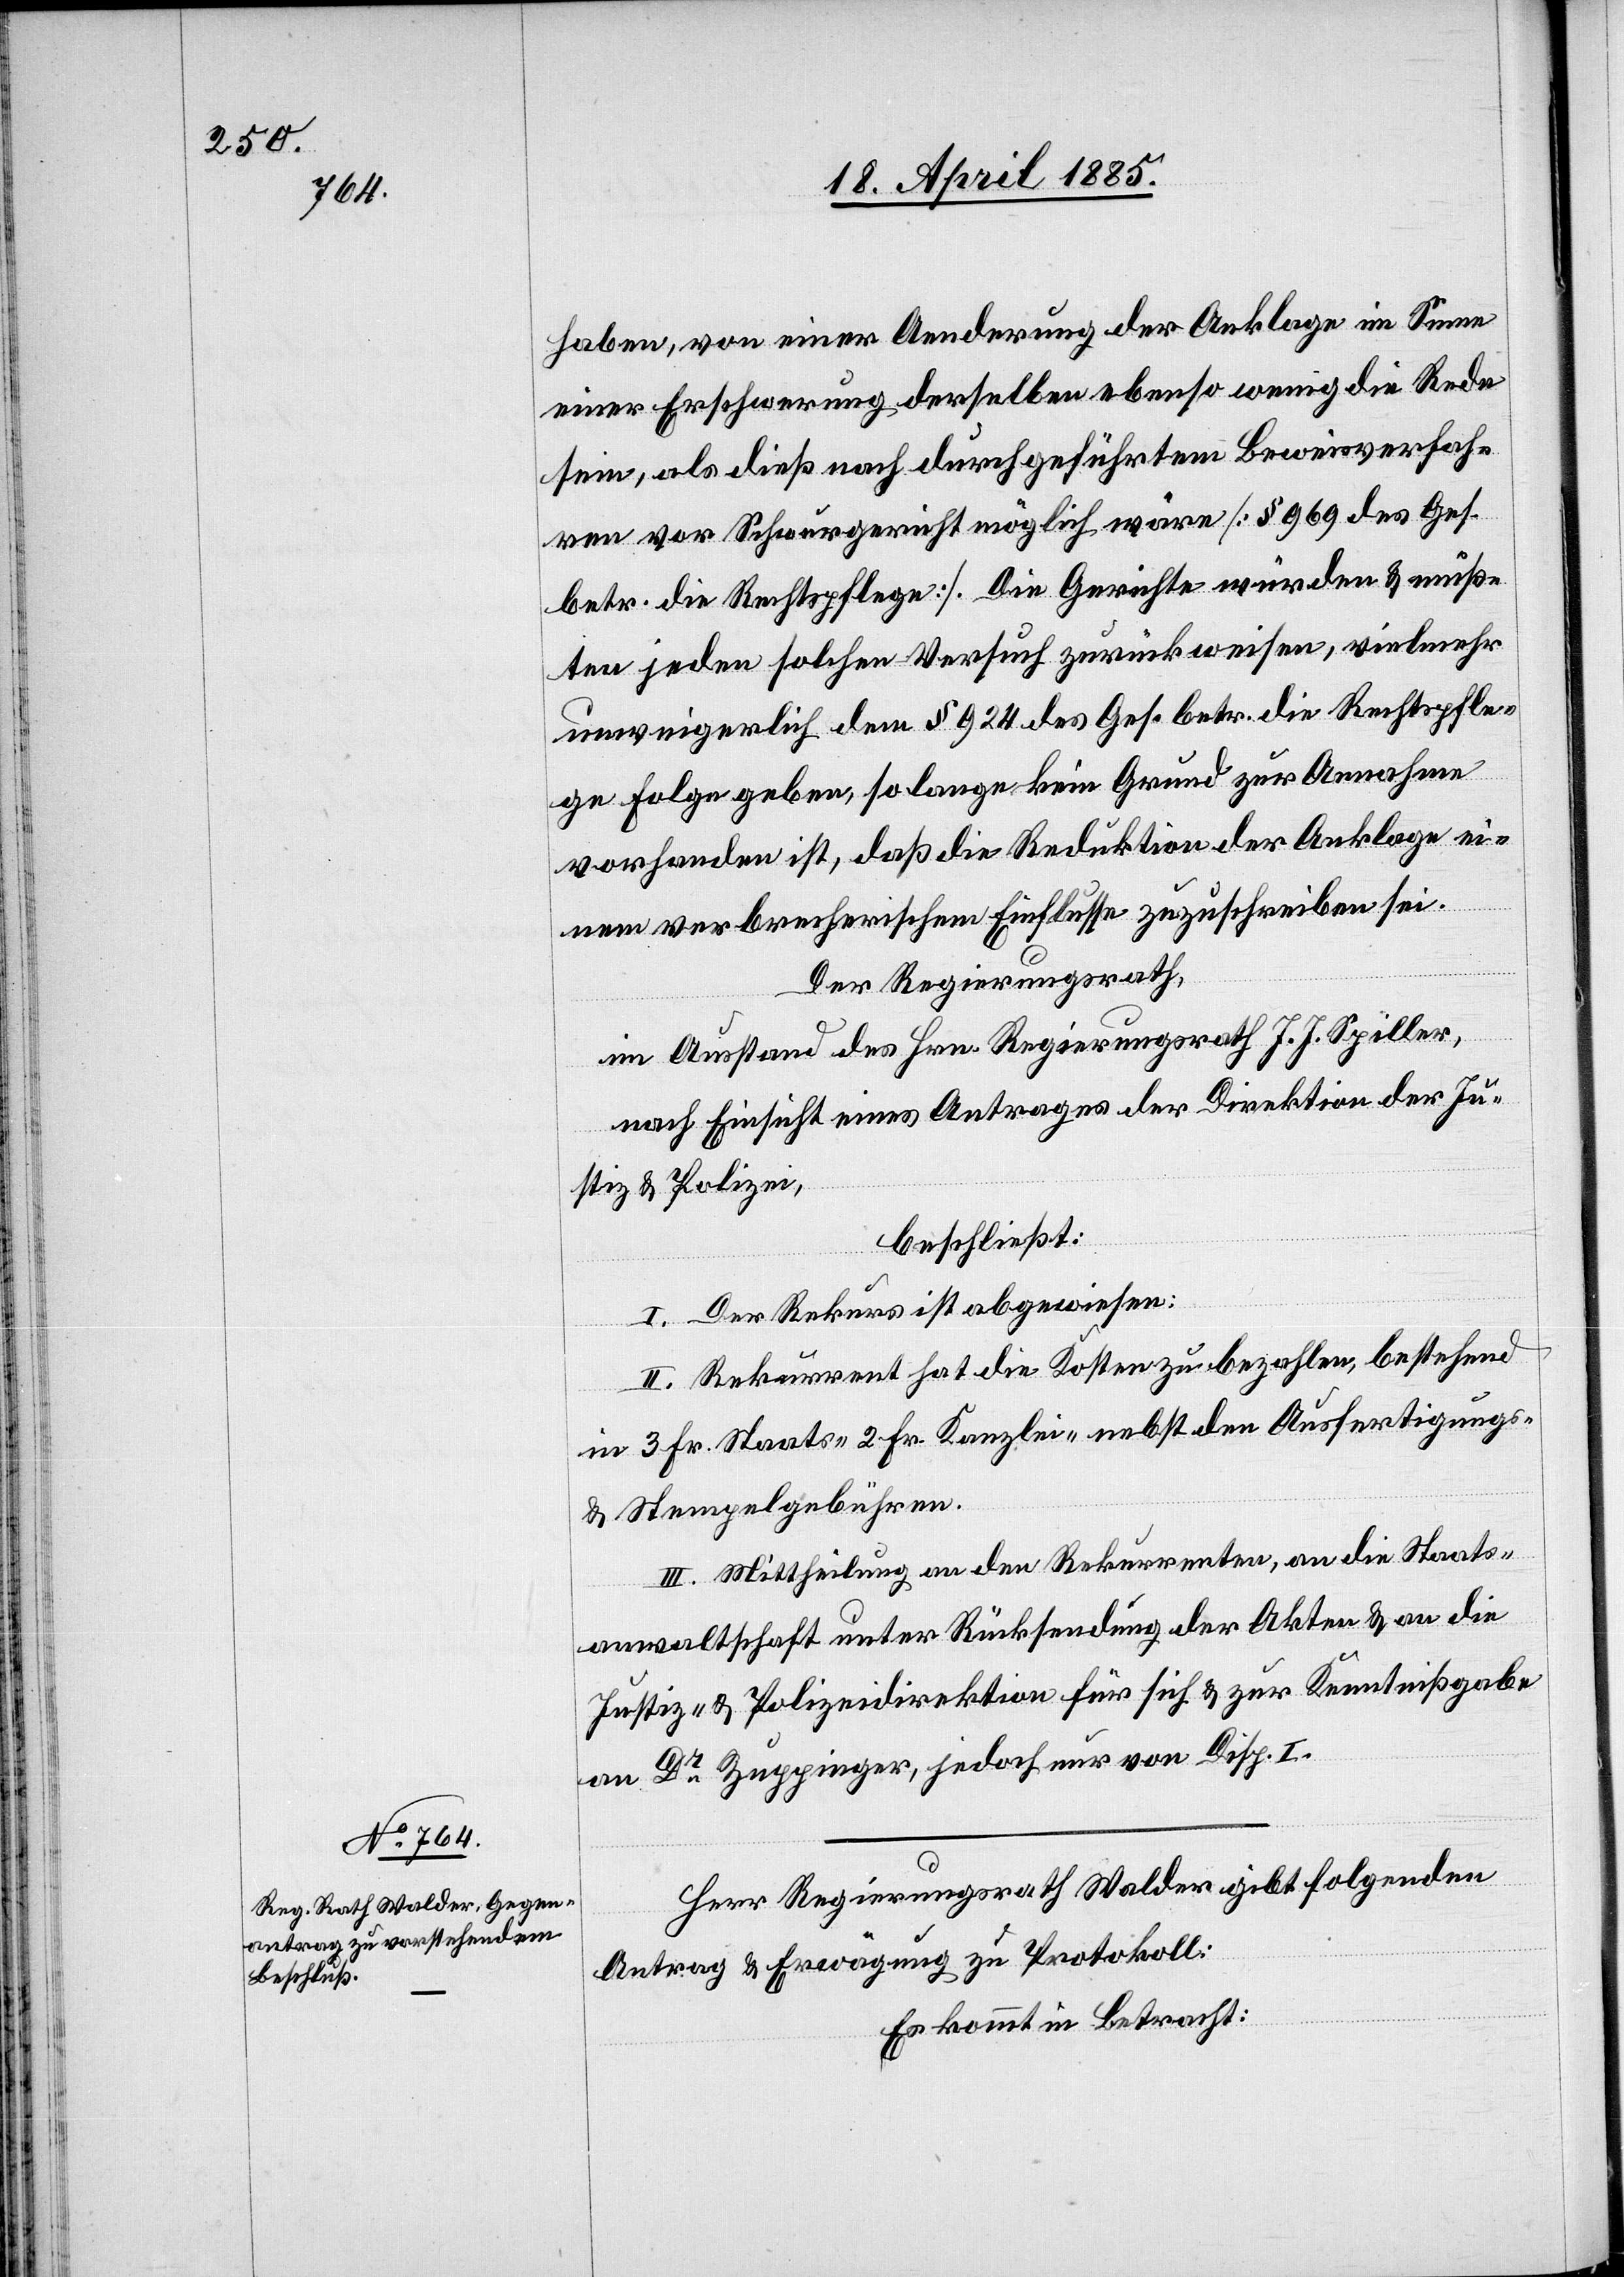
haben, von einer Aenderung der Anklage im Sinne
einer Erschwerung derselben ebenso wenig die Rede
sein, als dieß nach durchgeführtem Beweisverfah¬
ren vor Schwurgericht möglich wäre [§ 969 des Ges.
betr. die Rechtspflege]. Die Gerichte würden & müß¬
ten jeden solchen Versuch zurückweisen, vielmehr
unweigerlich dem § 924 des Ges. betr. die Rechtspfle¬
ge Folge geben, so lange kein Grund zur Annahme
vorhanden ist, daß die Reduktion der Anklage ei¬
nem verbrecherischem Einflusse zuzuschreiben sei.
Der Regierungsrath,
im Ausstand des Hrn. Regierungsrath J. J. Spiller,
nach Einsicht eines Antrages der Direktion der Ju¬
stiz & Polizei,
beschließt:
I. Der Rekurs ist abgewiesen.
II. Rekurrent hat die Kosten zu bezahlen, bestehend
in 3 Fr. Staats-[,] 2 Fr. Kanzlei- nebst den Ausfertigungs-
& Stempelgebühren.
III. Mittheilung an den Rekurrenten, an die Staats¬
anwaltschaft unter Rücksendung der Akten & an die
Justiz- & Polizeidirektion für sich & zur Kenntnißgabe
an Dr Zuppinger, jedoch nur von Disp. I.
Herr Regierungsrath Walder gibt folgenden
Antrag & Erwägung zu Protokoll:
Es kommt in Betracht: